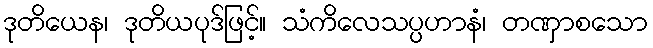
ဒုတိယေန၊ ဒုတိယပုဒ်ဖြင့်။ သံကိလေသပ္ပဟာနံ၊ တဏှာစသော